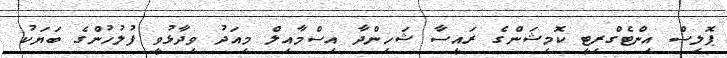
ޕޮލިސް އިންޓެގްރިޓީ ކޮމިޝަންގެ ރައީސާ ޝަހިންދާ އިސްމާއިލް މިއަދު ވިދާޅުވީ ފުލުހުންގެ ބަޔަކު